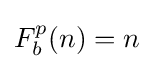
F_{b}^{p}(n)=n